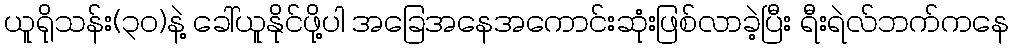
ယူရိုသန်း(၃၀)နဲ့ ခေါ်ယူနိုင်ဖို့ပါ အခြေအနေအကောင်းဆုံးဖြစ်လာခဲ့ပြီး ရီးရဲလ်ဘက်ကနေ